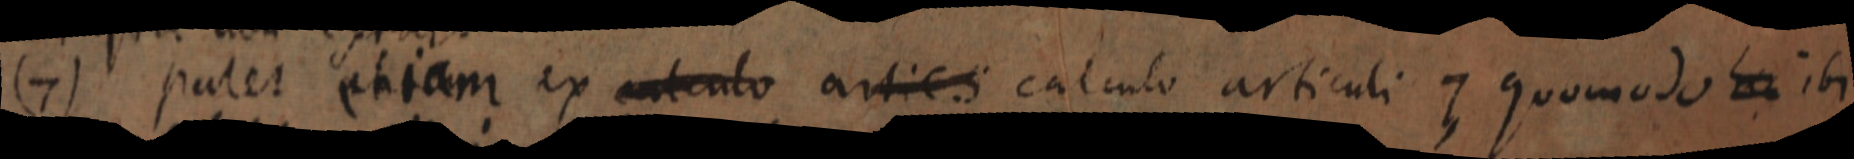
(7) patet etiam ex calculo artics calculo articuli 7 quomodo _ ibi